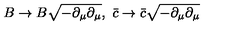
B \rightarrow B \sqrt { - \partial _ { \mu } \partial _ { \mu } } , \ \bar { c } \rightarrow \bar { c } \sqrt { - \partial _ { \mu } \partial _ { \mu } }